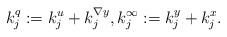
LaTeX: \begin{align*}k^{q}_{j}:= k^{u}_{j} + k^{\nabla y}_{j}, k^{\infty}_{j}:= k^{y}_{j} + k^{x}_{j}.\end{align*}